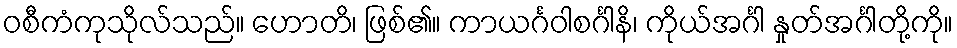
ဝစီကံကုသိုလ်သည်။ ဟောတိ၊ ဖြစ်၏။ ကာယင်္ဂဝါစင်္ဂါနိ၊ ကိုယ်အင်္ဂါ နှုတ်အင်္ဂါတို့ကို။